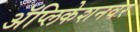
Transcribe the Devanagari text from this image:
अॅप्लिकेशनवर